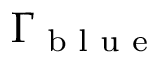
\Gamma _ { \textnormal { b l u e } }